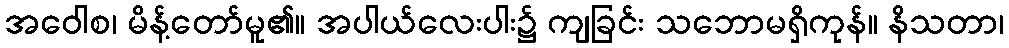
အဝေါစ၊ မိန့်တော်မူ၏။ အပါယ်လေးပါး၌ ကျခြင်း သဘောမရှိကုန်။ နိသတာ၊